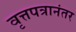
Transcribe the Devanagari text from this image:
वृत्तपत्रानंतर